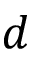
d